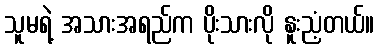
သူမရဲ့ အသားအရည်က ပိုးသားလို နူးညံ့တယ်။